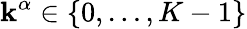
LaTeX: \mathbf{k}^{\alpha}\in\{ 0,\ldots,K-1\}